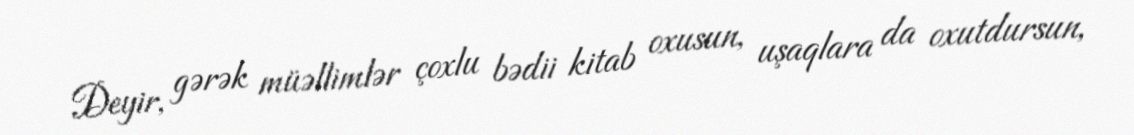
Deyir, gərək müəllimlər çoxlu bədii kitab oxusun, uşaqlara da oxutdursun,